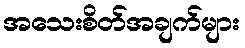
အသေးစိတ်အချက်များ